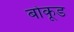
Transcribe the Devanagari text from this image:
बोकूड